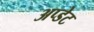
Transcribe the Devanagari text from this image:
अप्डेट